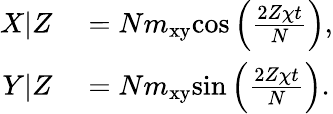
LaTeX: \begin{array}{rl}{X|Z}&{{}=Nm_{\mathrm{xy}}\mathrm{cos}\left(\frac{2Z\chi t}{N}\right),}\\ {Y|Z}&{{}=Nm_{\mathrm{xy}}\mathrm{sin}\left(\frac{2Z\chi t}{N}\right).}\end{array}